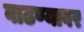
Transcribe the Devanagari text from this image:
वाढण्यावर